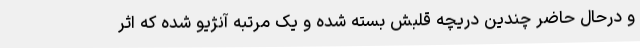
و درحال حاضر چندین دریچه قلبش بسته شده و یک مرتبه آنژیو شده که اثر